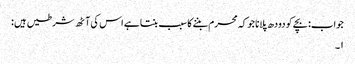
جواب: بچے کو دودھ پلانا جو کہ محرم بننے کا سبب بنتا ہے اس کی آٹھ شرطیں ہیں :
۱۔